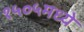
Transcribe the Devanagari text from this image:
१५०५मध्ये